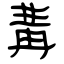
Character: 冓